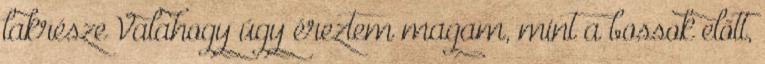
lakrésze Valahogy úgy éreztem magam, mint a bossok előtt,